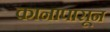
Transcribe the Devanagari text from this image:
कानापासून